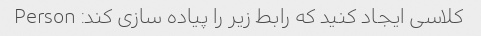
کلاسی ایجاد کنید که رابط زیر را پیاده سازی کند: Person